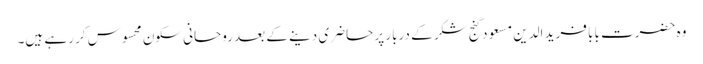
وہ حضرت بابا فرید الدین مسعود گنج شکر کے دربار پر حاضری دینے کے بعد روحانی سکون محسوس کر رہے ہیں۔